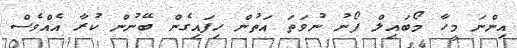
އިންނަ މީހާ މޯބައިލް ފޯނު ނުވަތަ އަތުން ހިފައިގެން ބޭނުން ކުރާ އެއްވެސް